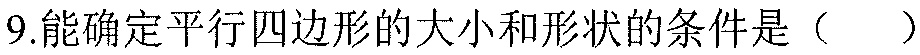
9.能确定平行四边形的大小和形状的条件是（  ）